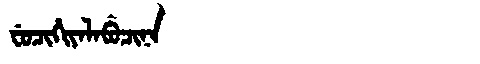
Manchu: ᠸᡠᠴᡳᡥᡳᠶᠠᠯᠠᠪᡠᠴᡳᠨᠠ
Romanization: FUCIHIYALABUCINA